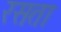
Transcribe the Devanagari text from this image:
रसता